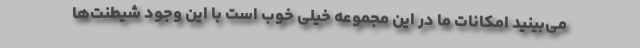
می‌بینید امکانات ما در این مجموعه خیلی خوب است با این وجود شیطنت‌ها